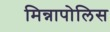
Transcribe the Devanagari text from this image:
मिन्नापोलिस